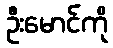
ဦးမောင်ကို